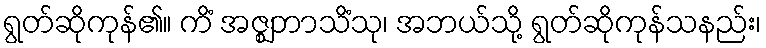
ရွတ်ဆိုကုန်၏။ ကိံ အဇ္ဈဘာသိံသု၊ အဘယ်သို့ ရွတ်ဆိုကုန်သနည်း၊